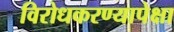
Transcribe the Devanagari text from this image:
विरोधकरण्यापेक्षा